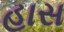
હાસ